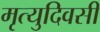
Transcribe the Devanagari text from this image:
मृत्युदिवसी